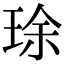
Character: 㻌